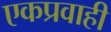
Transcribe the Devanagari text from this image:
एकप्रवाही